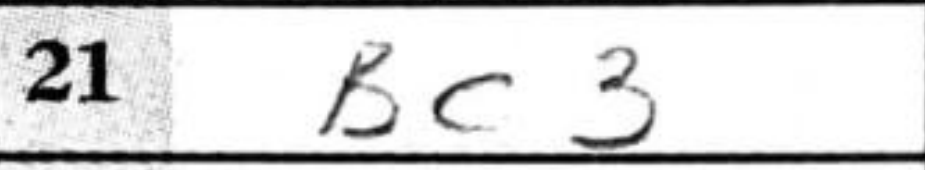
Transcription: Bc3